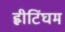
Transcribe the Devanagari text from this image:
ह्वीटिंघम